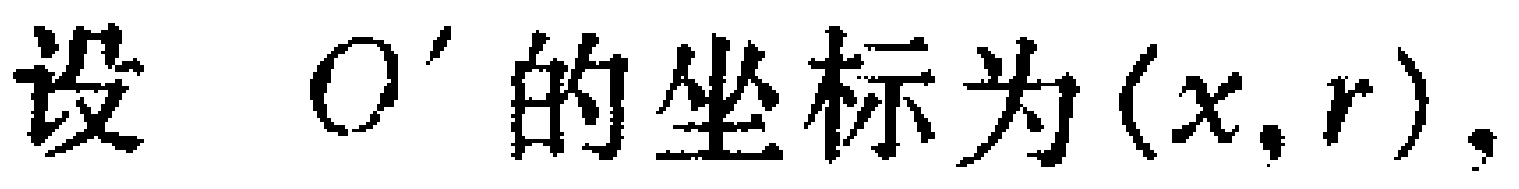
设 \(O'\) 的坐标为\((x,r)\)，